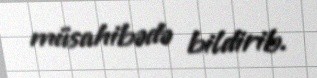
müsahibədə bildirib.